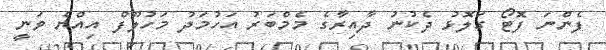
ފެންނަ ފޮޓޯ ގަލޮޅު ދެކުނު ދާއިރާގެ މެމްބަރު އަހުމަދު މަހުލޫފް އިއްޔެ ވަނީ